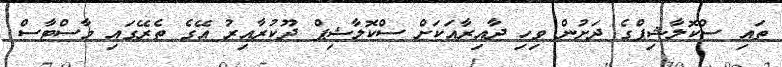
ތައި ސްކޮލާޝިޕްގެ ދަށުން ވިހި ދާއިރާއަކަށް ސްކޮލާޝިޕް ދޫކުރާއިރު އޭގެ ތެރޭގައި މާސްޓާސް